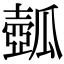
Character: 𤬗